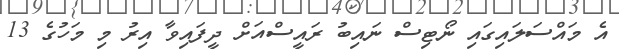
އެ މައްސަލައިގައި ނޯޓިސް ނައިބު ރައީސްއަށް ދީފައިވާ އިރު މި މަހުގެ 13